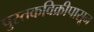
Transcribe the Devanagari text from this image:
पुस्तकविक्रीपासून